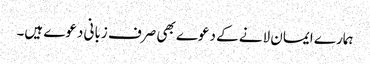
ہمارے ایمان لانے کے دعوے بھی صرف زبانی دعوے ہیں۔